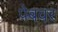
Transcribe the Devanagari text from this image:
पेबवर